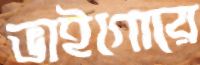
ভাইগোরে